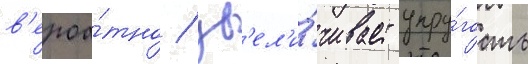
в'ероа́тно / ув'ел'и́чивает упру́гость